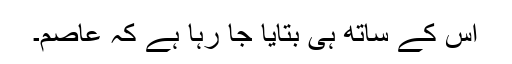
اس کے ساتھ ہی بتایا جا رہا ہے کہ عاصم۔